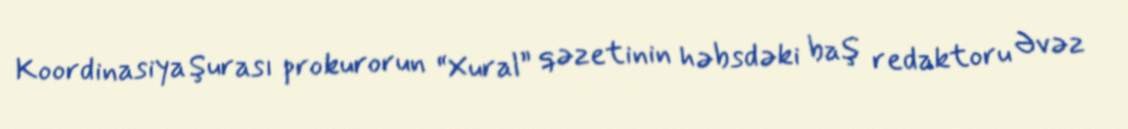
Koordinasiya Şurası prokurorun “Xural” qəzetinin həbsdəki baş redaktoru Əvəz